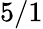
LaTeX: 5/1